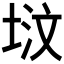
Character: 𪣢